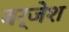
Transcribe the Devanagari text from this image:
बर्जेश